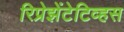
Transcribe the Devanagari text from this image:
रिप्रेझेंटेटिव्हस